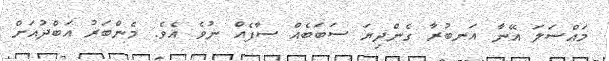
މައްސަލަ އޭނާ އަނބުރާ ގެންދިޔަ ސަބަބެއް ސާފެއް ނުވެ އެވެ. މެންބަރު އަބްދުއަށް